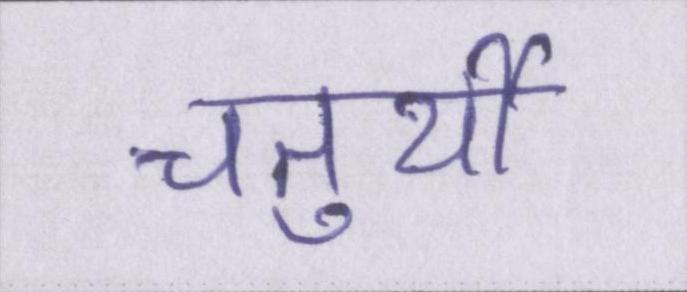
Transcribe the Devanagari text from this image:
चतुर्थी